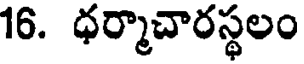
16. ధర్మాచారస్థలం